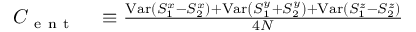
\begin{array} { r l } { { \cal { C } } _ { \mathrm { ~ e ~ n ~ t ~ } } } & { { } \equiv \frac { \operatorname { V a r } \left( S _ { 1 } ^ { x } - S _ { 2 } ^ { x } \right) + \operatorname { V a r } \left( S _ { 1 } ^ { y } + S _ { 2 } ^ { y } \right) + \operatorname { V a r } \left( S _ { 1 } ^ { z } - S _ { 2 } ^ { z } \right) } { 4 N } } \end{array}